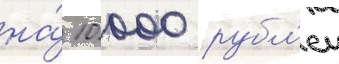
на́ 10 000 рубл'еи